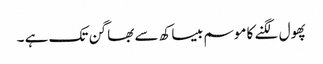
پھول لگنے کا موسم بیساکھ سے بھاگن تک ہے ۔